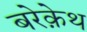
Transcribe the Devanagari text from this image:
बरेक़ेथ